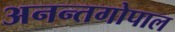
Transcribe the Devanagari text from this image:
अनन्तगोपाल